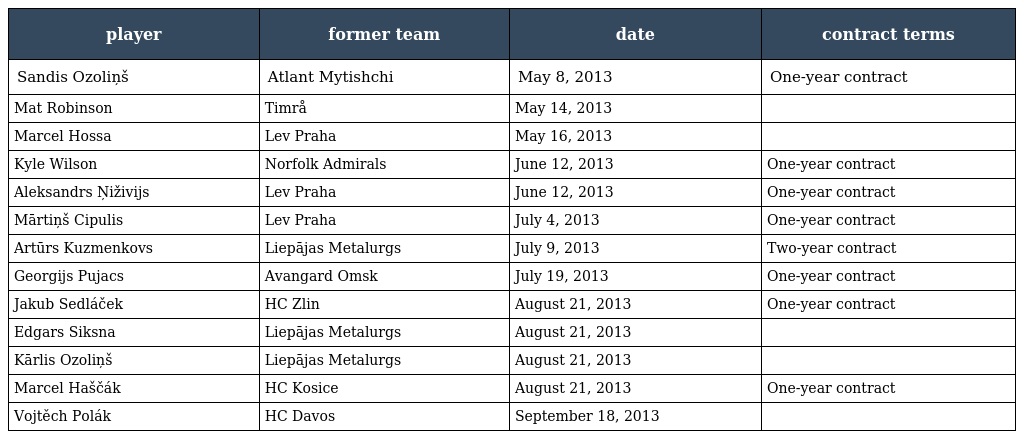
| player | former team | date | contract terms |
 | --- | --- | --- | --- |
 | Sandis Ozoliņš | Atlant Mytishchi | May 8, 2013 | One-year contract |
 | Mat Robinson | Timrå | May 14, 2013 |  |
 | Marcel Hossa | Lev Praha | May 16, 2013 |  |
 | Kyle Wilson | Norfolk Admirals | June 12, 2013 | One-year contract |
 | Aleksandrs Ņiživijs | Lev Praha | June 12, 2013 | One-year contract |
 | Mārtiņš Cipulis | Lev Praha | July 4, 2013 | One-year contract |
 | Artūrs Kuzmenkovs | Liepājas Metalurgs | July 9, 2013 | Two-year contract |
 | Georgijs Pujacs | Avangard Omsk | July 19, 2013 | One-year contract |
 | Jakub Sedláček | HC Zlin | August 21, 2013 | One-year contract |
 | Edgars Siksna | Liepājas Metalurgs | August 21, 2013 |  |
 | Kārlis Ozoliņš | Liepājas Metalurgs | August 21, 2013 |  |
 | Marcel Haščák | HC Kosice | August 21, 2013 | One-year contract |
 | Vojtěch Polák | HC Davos | September 18, 2013 |  |